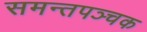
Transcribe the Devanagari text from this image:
समन्तपञ्चक